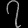
Digit: ၇